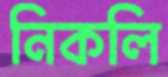
নিকলি